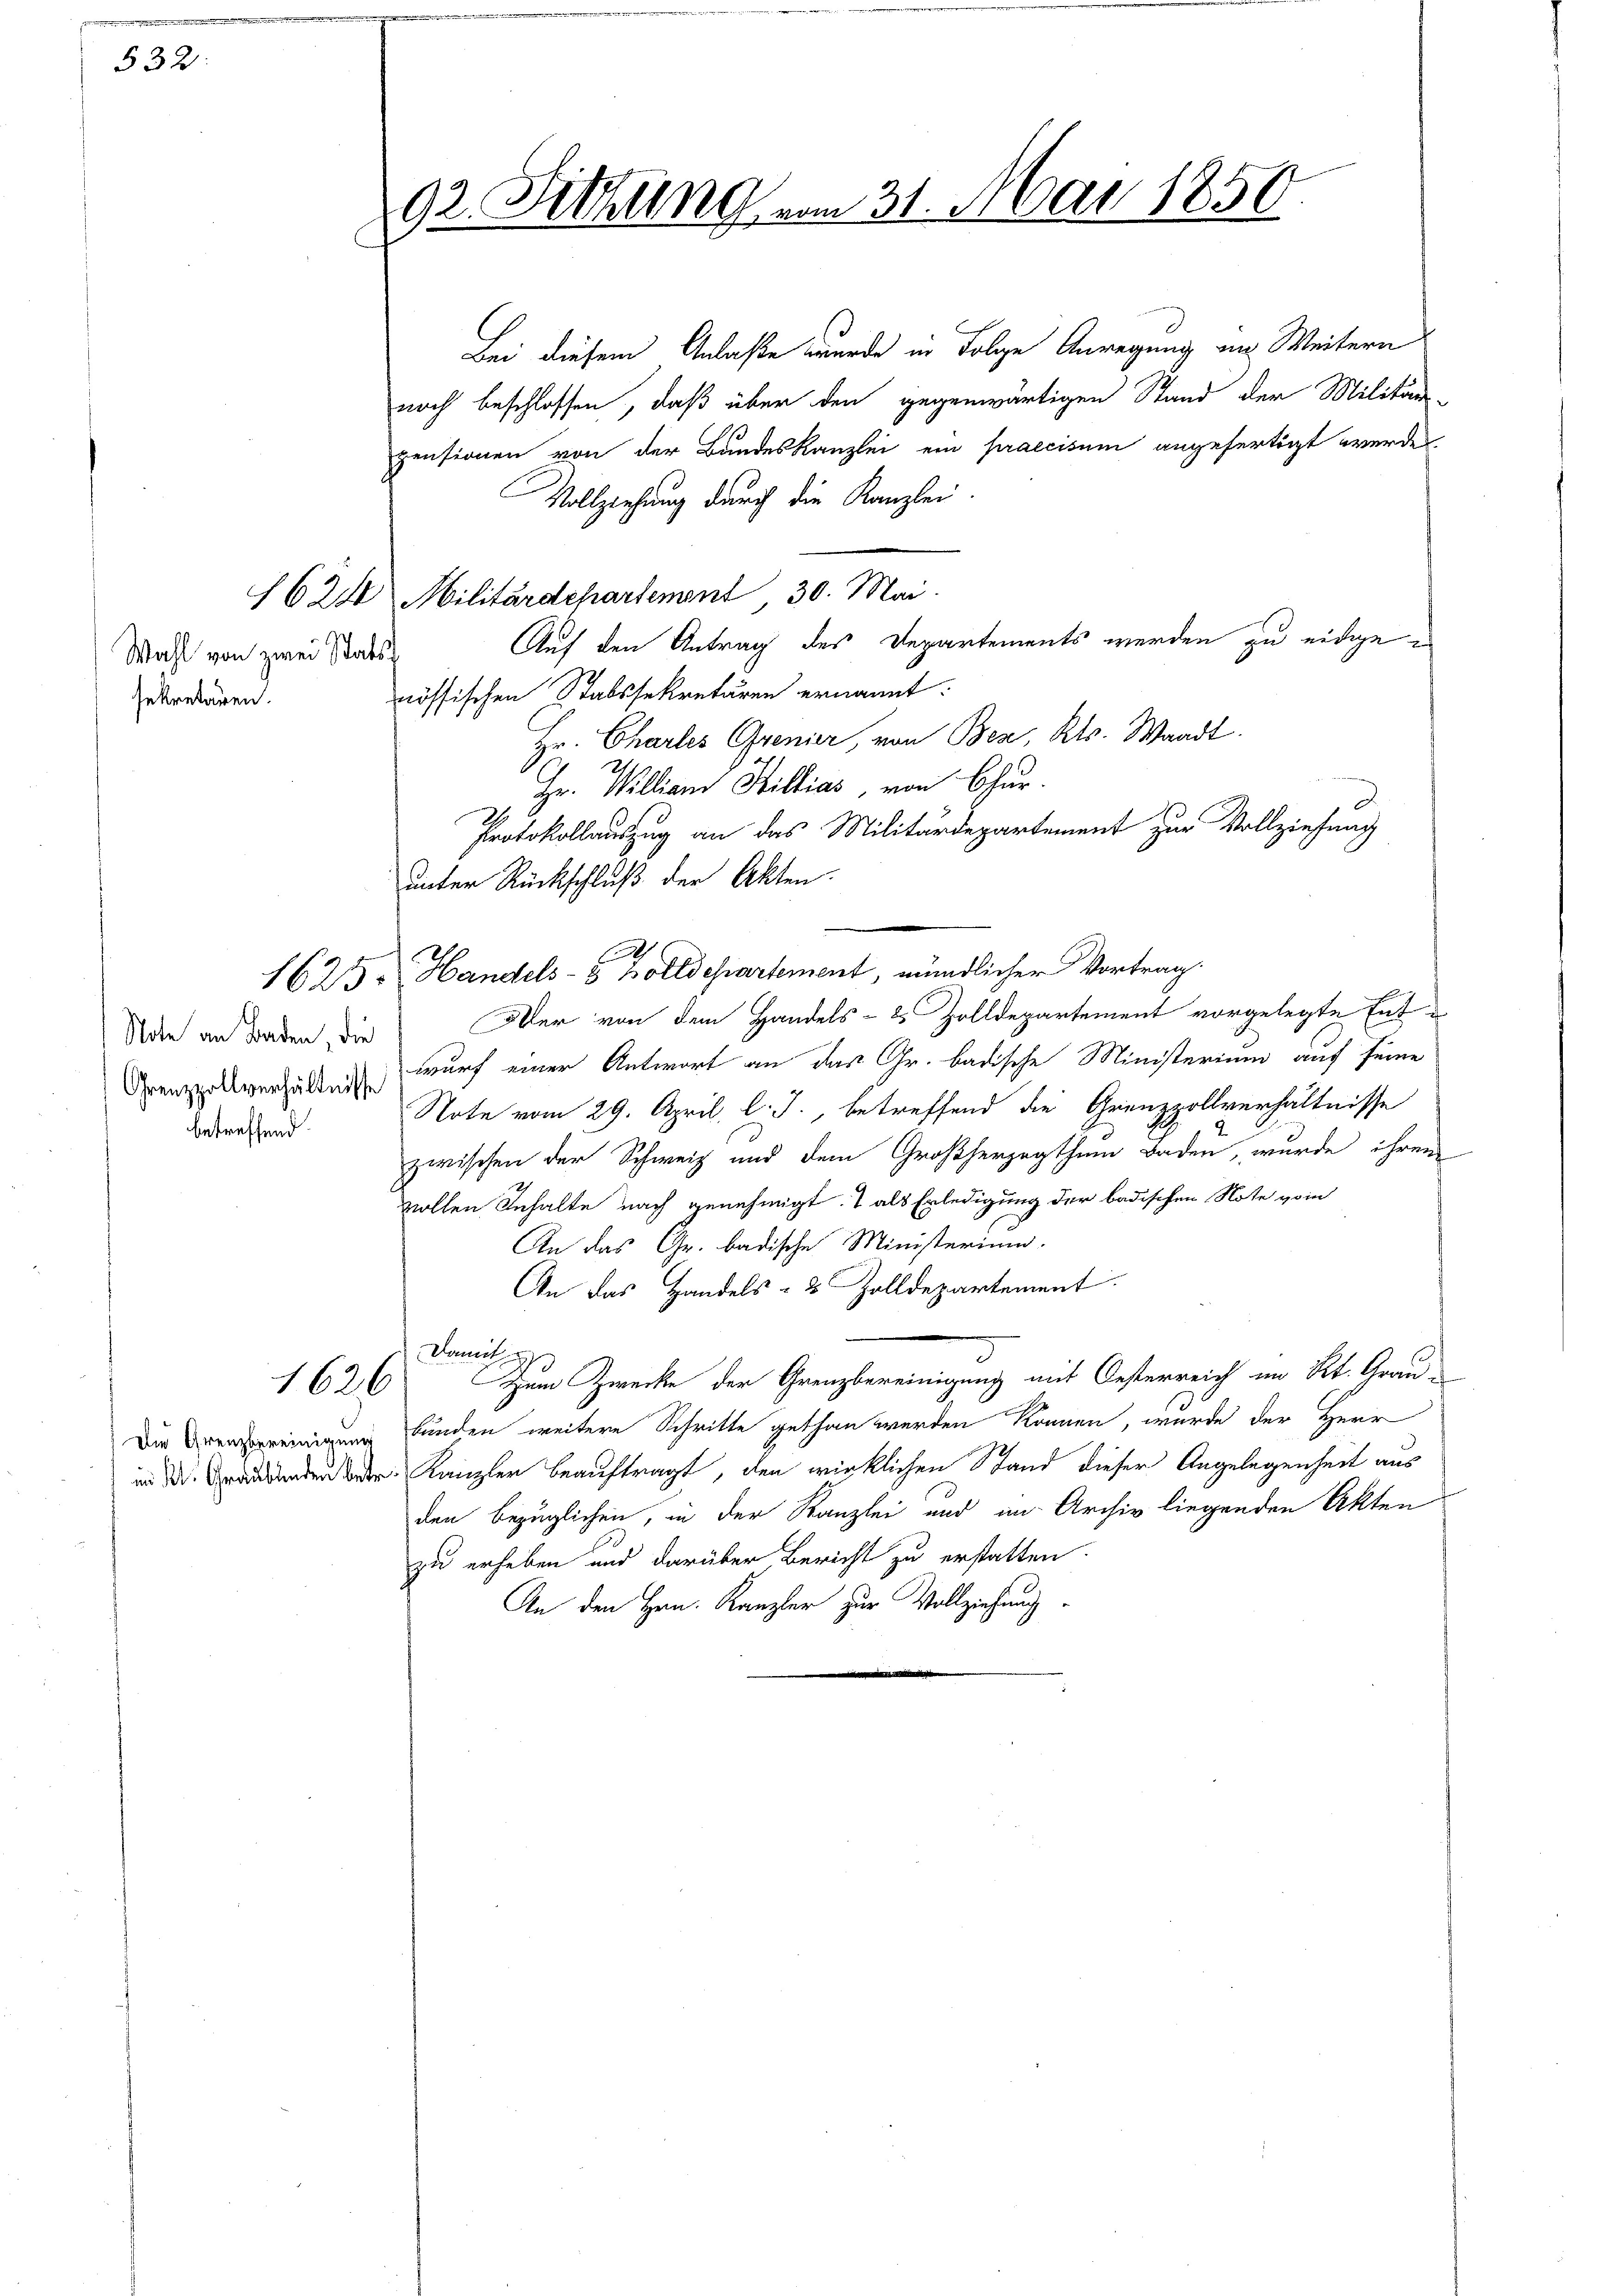
335.

Wahl von zwei Stats
sekretären.

Note an Baden, die
betreffend.

1626

Bei diesem Anlaße wurde in Folge Anregung an Weitern
noch beschlossen, daß über den gegenwärtigen Stand der Militär-
pensionen von der Bundeskanzlei ein praecisum angefertigt werde.
Vollziehung durch die Kanzlei.
1624 Militärdepartement, 30. Mai.
Auf den Antrag des Departements werden zu eidgenössischen Stabssekretären ernannt:
Hr. Charles Grenier, von Bez, Kts. Waadt.
Hr. Willian Hillias, von Chur.
Protokollauszug an das Militärdepartement zur Vollziehung
unter Rückschluß der Akten.
1625. Handels- 3 Zolldepartement, mündlicher Vortrag.
Der von dem Handels- & Zolldepartement vorgelegte Ent¬
Grenzzollverhältnis wurf einer Antwort an das Gr. badische Ministerium auf seine
Note vom 29. April l. J., betreffend die Grenzzollverhältnisse
zwischen der Schweiz und dem Großherzogthum Baden, wurde ihrem
vollen Inhalte nach genehmigt. I als Erledigung der badischen Note vom
An das Gr. badische Ministerium.
An das Handels- & Zolldepartement.
Damit d
Zum Zwecke der Grenzbereinigung mit Oesterreich im Rt. Grau-
Dein bunden weitere Schritte gethan werden können, wurde der Herr
in den der Kanzler beauftragt, den wirklichen Stand dieser Angelegenheit aus
den bezüglichen, in der Kanzlei und im Archiv liegenden Akten
zu erheben und darüber Bericht zu erstatten.
An den Hrn. Kanzler zur Vollziehung

92. Sitzung am 31. Mai 1850.

h